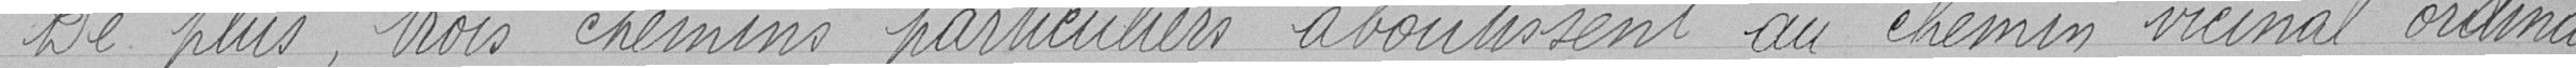
De plus, trois chemins particuliers aboutissent au chemin vicinal ordinai-